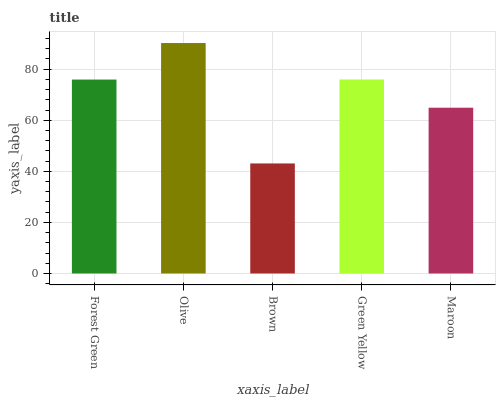
| xaxis_label | bars |
 | --- | --- |
 | Forest Green | 75.9 |
 | Olive | 90.2 |
 | Brown | 43.1 |
 | Green Yellow | 76 |
 | Maroon | 64.9 |